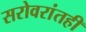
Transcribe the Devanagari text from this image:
सरोवरांतही